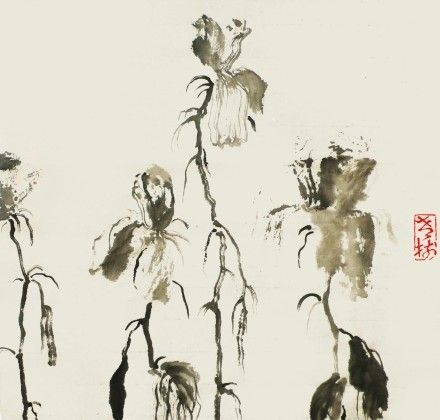
愁云淡淡雨潇潇。暮暮复朝朝。